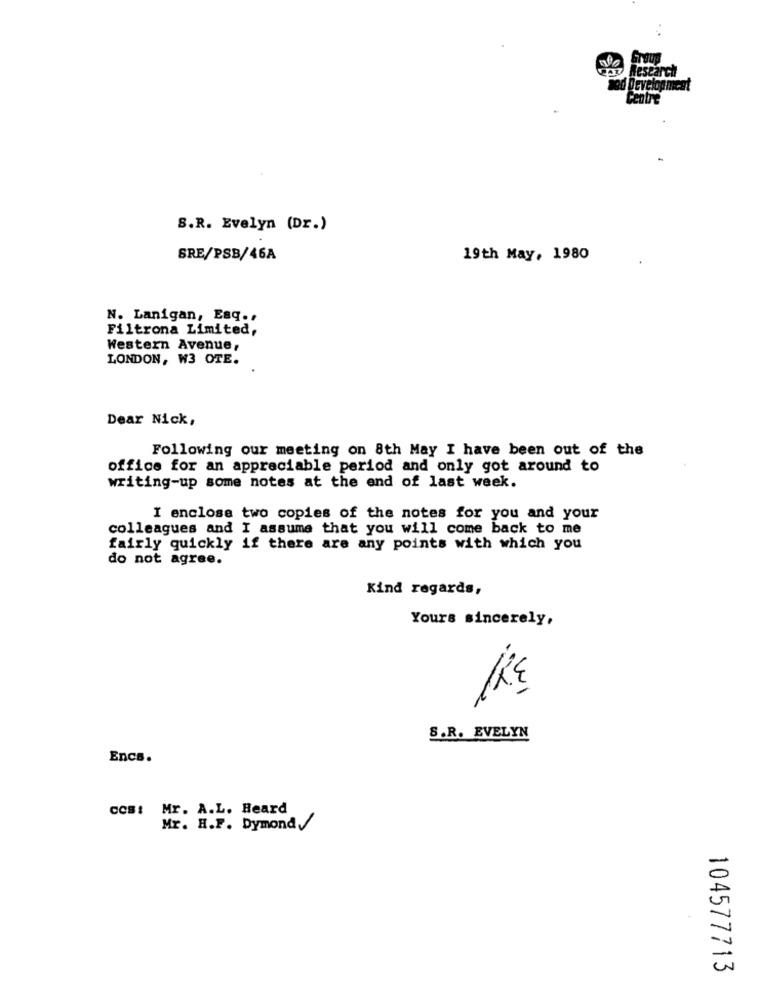
Group
Research
od Development
Centre
S.R. Evelyn (Dr.)
SRE/PSB/46A
19th May, 1980
N. Lanigan, Esq ..
Filtrona Limited,
Western Avenue,
LONDON, W3 OTE.
Dear Nick,
Following our meeting on 8th May I have been out of the
office for an appreciable period and only got around to
writing-up some notes at the end of last week.
I enclose two copies of the notes for you and your
colleagues and I assume that you will come back to me
fairly quickly if there are any points with which you
do not agree.
Kind regards,
Yours sincerely,
S.R. EVELYN
Encs.
cos: Mr. A.L. Heard
Mr. H.F. Dymond
104577713